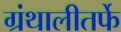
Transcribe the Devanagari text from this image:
ग्रंथालीतर्फे